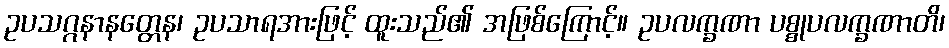
ဥပသဂ္ဂနာနတ္တေန၊ ဥပသာရအားဖြင့် ထူးသည်၏ အဖြစ်ကြောင့်။ ဥပလက္ခဏာ ပစ္စုပလက္ခဏာတိ၊